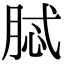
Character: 脦